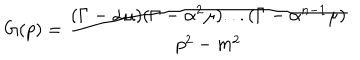
LaTeX: G ( p ) = \frac { ( \Gamma - \alpha \mu ) ( \Gamma - \alpha ^ { 2 } \mu ) . . . ( \Gamma - \alpha ^ { n - 1 } \mu ) } { p ^ { 2 } - m ^ { 2 } }